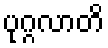
ပုဂ္ဂလာတိ